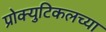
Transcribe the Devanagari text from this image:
प्रोक्युटिकलच्या